Annual report on the Civil Veterinary Department, Burma (including the Insein Veterinary School) - 1910-1922
Year: 1910
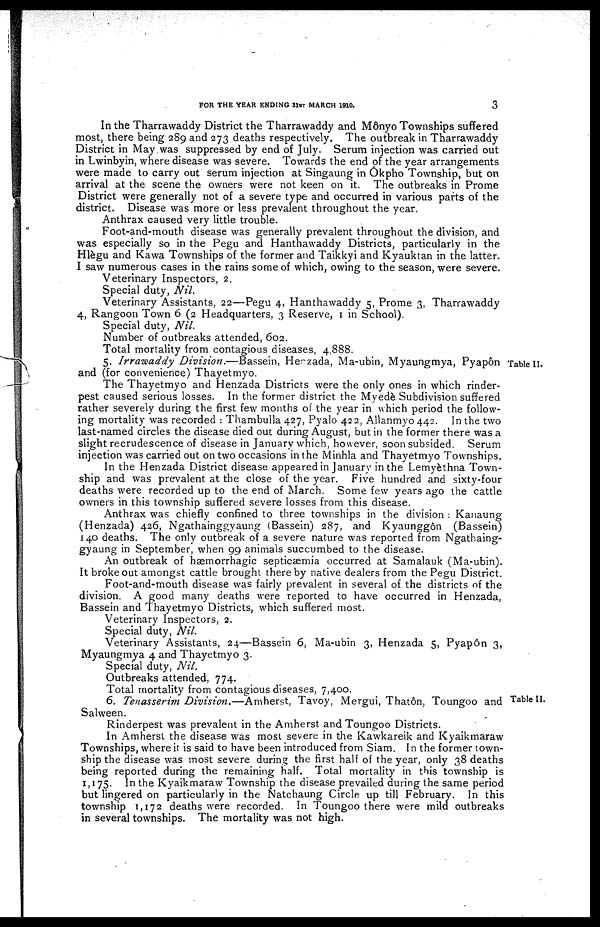
FOR THE YEAR ENDING 31ST MARCH 1910.
3
In the Tharrawaddy District the Tharrawaddy and Mônyo Townships suffered
most, there being 289 and 273 deaths respectively. The outbreak in Tharrawaddy
District in May was suppressed by end of July. Serum injection was carried out
in Lwinbyin, where disease was severe. Towards the end of the year arrangements
were made to carry out serum injection at Singaung in Ôkpho Township, but on
arrival at the scene the owners were not keen on it. The outbreaks in Prome
District were generally not of a severe type and occurred in various parts of the
district. Disease was more or less prevalent throughout the year.
Anthrax caused very little trouble.
Foot-and-mouth disease was generally prevalent throughout the division, and
was especially so in the Pegu and Hanthawaddy Districts, particularly in the
Hlègu and Kawa Townships of the former and Taikkyi and Kyauktan in the latter.
I saw numerous cases in the rains some of which, owing to the season, were severe.
Veterinary Inspectors, 2.
Special duty, Nil.
Veterinary Assistants, 22—Pegu 4, Hanthawaddy 5, Prome 3, Tharrawaddy
4, Rangoon Town 6 (2 Headquarters, 3 Reserve, 1 in School).
Special duty, Nil.
Number of outbreaks attended, 602.
Total mortality from contagious diseases, 4,888.
Table II.
5. Irrawaday Division.—Bassem,
Henzada, Ma-ubin, Myaungmya, Pyapôn
and (for convenience) Thayetmyo.
The Thayetmyo and Henzada Districts were the only ones in which rinder-
pest caused serious losses. In the former district the Myedè Subdivision suffered
rather severely during the first few months of the year in which period the follow-
ing mortality was recorded : Thambulla 427, Pyalo 422, Allanmyo 442. In the two
last-named circles the disease died out during August, but in the former there was a
slight recrudescence of disease in January which, however, soon subsided. Serum
injection was carried out on two occasions in the Minhla and Thayetmyo Townships.
In the Henzada District disease appeared in January in the Lemyèthna Town-
ship and was prevalent at the close of the year. Five hundred and sixty-four
deaths were recorded up to the end of March. Some few years ago the cattle
owners in this township suffered severe losses from this disease.
Anthrax was chiefly confined to three townships in the division : Kanaung
(Henzada) 426, Ngathainggyaung (Bassein) 287, and Kyaunggôn (Bassein)
140 deaths. The only outbreak of a severe nature was reported from Ngathaing-
gyaung in September, when 99 animals succumbed to the disease.
An outbreak of hæmorrhagic septicæmia occurred at Samalauk (Ma-ubin).
It broke out amongst cattle brought there by native dealers from the Pegu District.
Foot-and-mouth disease was fairly prevalent in several of the districts of the
division. A good many deaths were reported to have occurred in Henzada,
Bassein and Thayetmyo Districts, which suffered most.
Veterinary Inspectors, 2.
Special duty, Nil.
Veterinary Assistants, 24—Bassein 6, Ma-ubin 3, Henzada 5, Pyap6n 3,
Myaungmya 4 and Thayetmyo 3.
Special duty, Nil.
Outbreaks attended, 774.
Total mortality from contagious diseases, 7,400.
Table II.
6. Tenasserim Division.—Amherst, Tavoy, Mergui, Thatôn, Toungoo and
Salween.
Rinderpest was prevalent in the Amherst and Toungoo Districts.
In Amherst the disease was most severe in the Kawkareik and Kyaikmaraw
Townships, where it is said to have been introduced from Siam. In the former town-
ship the disease was most severe during the first half of the year, only 38 deaths
being reported during the remaining half. Total mortality in this township is
1,175. In the Kyaikmaraw Township the disease prevailed during the same period
but lingered on particularly in the Natchaung Circle up till February. In this
township 1,172 deaths were recorded. In Toungoo there were mild outbreaks
in several townships. The mortality was not high.